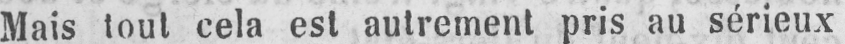
Mais tout cela est autrement pris au sérieux